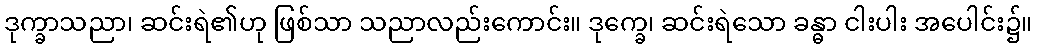
ဒုက္ခာသညာ၊ ဆင်းရဲ၏ဟု ဖြစ်သာ သညာလည်းကောင်း။ ဒုက္ခေ၊ ဆင်းရဲသော ခန္ဓာ ငါးပါး အပေါင်း၌။